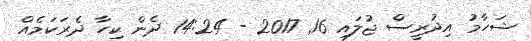
ޝަހާމު އިދުރީސް ޖުލައި 16